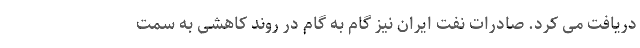
دریافت می کرد. صادرات نفت ایران نیز گام به گام در روند کاهشی به سمت